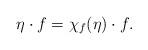
LaTeX: \begin{align*}\eta\cdot f = \chi_f(\eta) \cdot f.\end{align*}